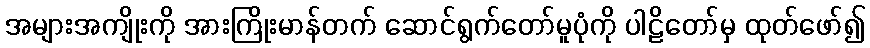
အများအကျိုးကို အားကြိုးမာန်တက် ဆောင်ရွက်တော်မူပုံကို ပါဠိတော်မှ ထုတ်ဖော်၍